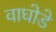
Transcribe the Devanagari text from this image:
वाघोडे